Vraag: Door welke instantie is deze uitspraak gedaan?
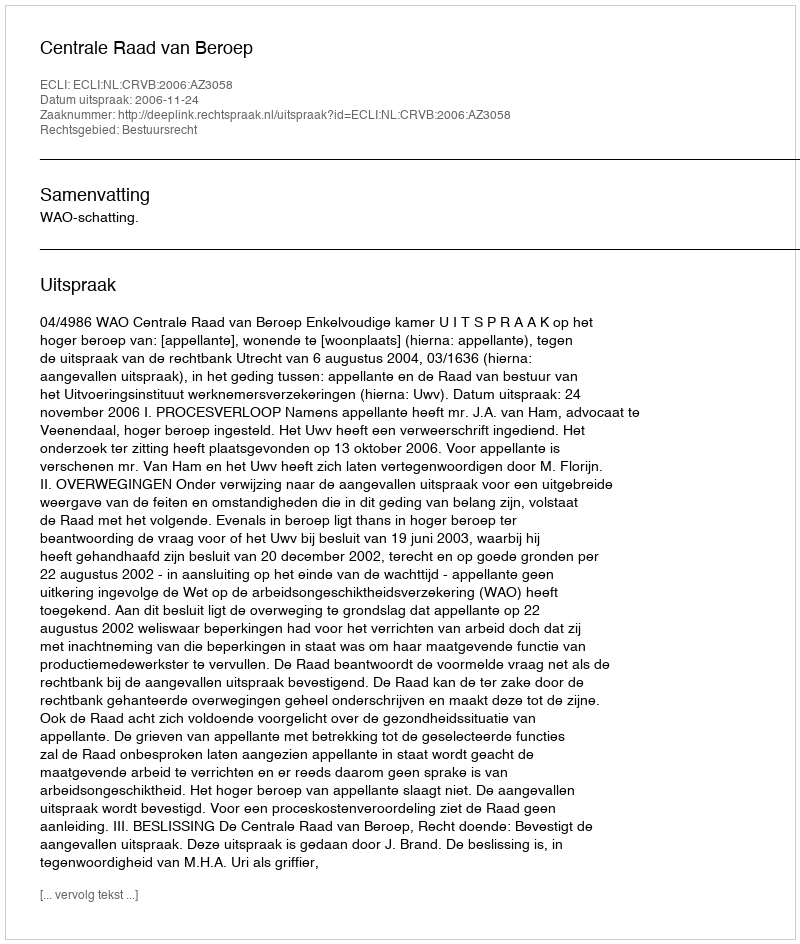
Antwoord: Centrale Raad van Beroep